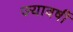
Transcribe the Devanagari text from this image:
ज्यावर्षी